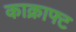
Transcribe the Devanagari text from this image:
काक्राफ्ट